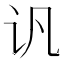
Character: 𲂂